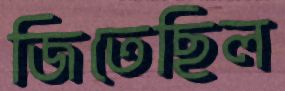
জিতেছিল